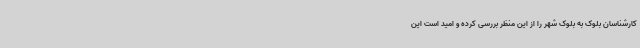
کارشناسان بلوک به بلوک شهر را از این منظر بررسی کرده و امید است این